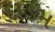
દાઙમ